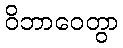
ဝိဘာဝေတွာ